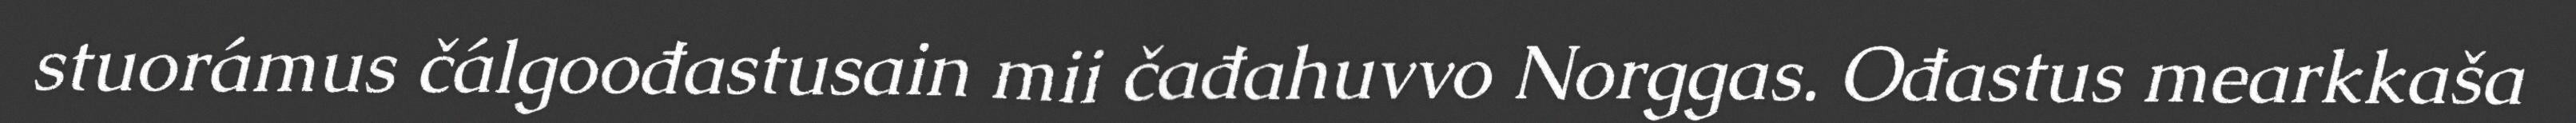
stuorámus čálgoođastusain mii čađahuvvo Norggas. Ođastus mearkkaša